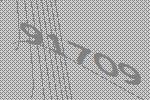
91709